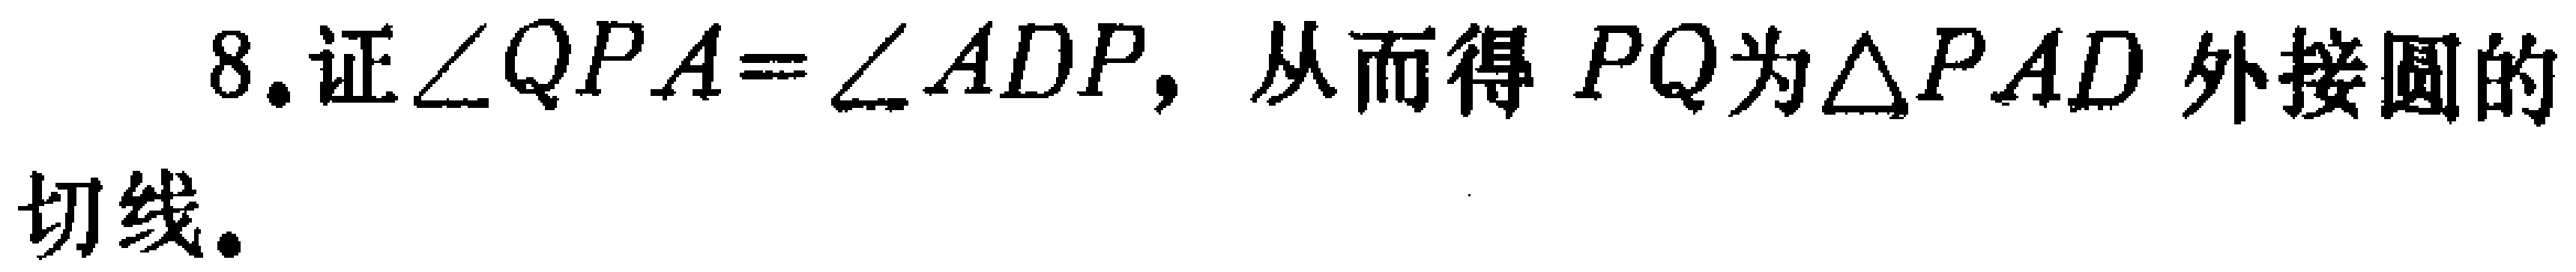
8.证$\angle QPA = \angle ADP$，从而得 \(PQ\)为\(\triangle PAD\)外接圆的切线。